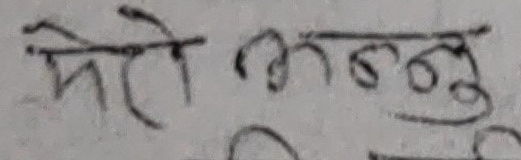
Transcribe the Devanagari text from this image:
मेरो भन्नु